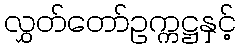
လွှတ်တော်ဥက္ကဋ္ဌနှင့်